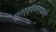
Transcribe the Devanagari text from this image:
पुनर्व्यवस्थाओं